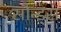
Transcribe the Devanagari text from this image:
सौन्ड्स